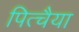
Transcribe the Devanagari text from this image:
पित्चैया